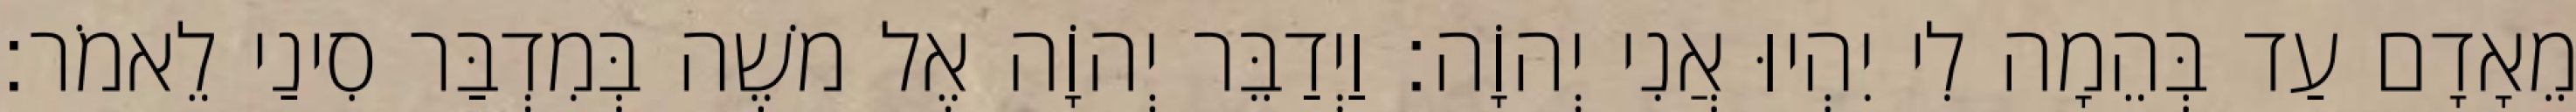
מֵאָדָם עַד בְּהֵמָה לִי יִהְיוּ אֲנִי יְהוָֹה׃ וַיְדַבֵּר יְהוָֹה אֶל משֶׁה בְּמִדְבַּר סִינַי לֵאמֹר׃